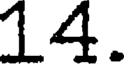
14.